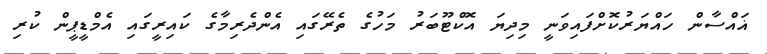
ޣައްސާން ހައްޔަރުކޮށްފައިވަނީ މިދިޔަ އޮކްޓޫބަރު މަހުގެ ތެރޭގައި އެންދެރިމާގެ ކައިރީގައި އެމްޑީޕީން ކުރި